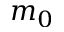
m _ { 0 }